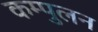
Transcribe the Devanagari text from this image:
कम्पुलन